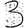
Digit: 3